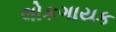
લોકગાયક